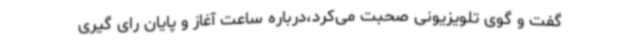
گفت و گوی تلویزیونی صحبت می‌کرد،درباره ساعت آغاز و پایان رای گیری